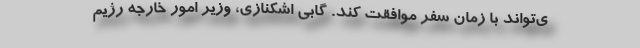
ی‌تواند با زمان سفر موافقت کند. گابی اشکنازی، وزیر امور خارجه رژیم